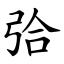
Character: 㢵